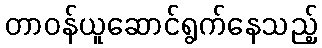
တာဝန်ယူဆောင်ရွက်နေသည့်